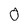
Character: 0